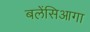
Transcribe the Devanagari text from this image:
बलेंसिआगा